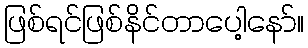
ဖြစ်ရင်ဖြစ်နိင်တာပေါ့နော်။